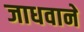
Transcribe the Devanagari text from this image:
जाधवाने